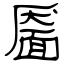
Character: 靥